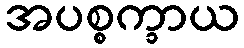
အပစ္စက္ခာယ